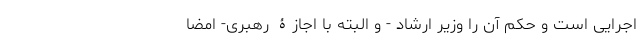
اجرایی است و حکم آن را وزیر ارشاد - و البته با اجازۀ رهبری- امضا